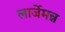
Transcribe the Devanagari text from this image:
लार्जेमन्न